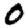
Digit: 0